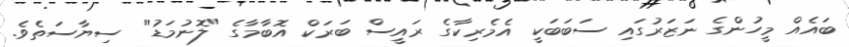
ބައެއް މީހުންގެ ނަޒަރުގައި ސަބަބަކީ އެމެރިކާގެ ރައީސް ބަރަކް އޮބާމާގެ "ލޮނުމަޑު" ސިޔާސަތެވެ.